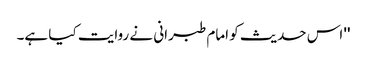
'' اس حدیث کو امام طبرانی نے روایت کیا ہے۔